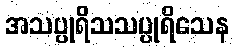
အသပ္ပုရိသသပ္ပုရိသေန